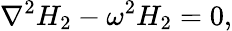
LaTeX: \nabla^{2}H_{2}-\omega^{2}H_{2}=0,